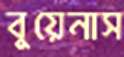
বুয়েনাস